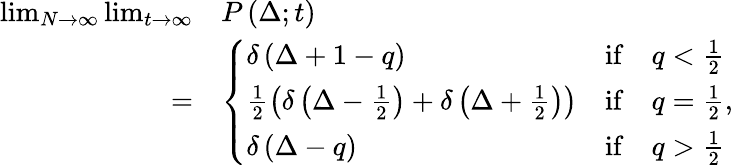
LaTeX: \begin{array}{rl}{\operatorname*{lim}_{N\to\infty}\operatorname*{lim}_{t\to\infty}}&{P\left(\Delta;t\right)}\\ {=}&{\left\{ \begin{array}{lcc}{\delta\left(\Delta+1-q\right)}&{\mathrm{if}}&{q<\frac{1}{2}}\\ {\frac{1}{2}\left(\delta\left(\Delta-\frac{1}{2}\right)+\delta\left(\Delta+\frac{1}{2}\right)\right)}&{\mathrm{if}}&{q=\frac{1}{2}}\\ {\delta\left(\Delta-q\right)}&{\mathrm{if}}&{q>\frac{1}{2}}\end{array}\right.,}\end{array}